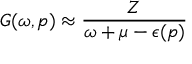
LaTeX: G ( \omega , p ) \approx { \frac { Z } { \omega + \mu - \epsilon ( p ) } }